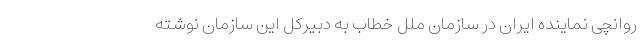
روانچی نماینده ایران در سازمان ملل خطاب به دبیرکل این سازمان نوشته